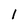
Character: l